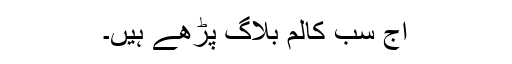
آج سب کالم بلاگ پڑھے ہیں۔